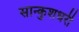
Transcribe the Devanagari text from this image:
सान्कुशधरी